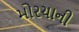
મોરચાની